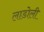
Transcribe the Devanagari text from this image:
लाडोली